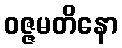
ဝဇ္ဇမတိနော